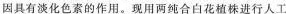
因具有淡化色素的作用。现用两纯合白花植株进行人工